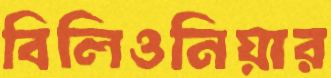
বিলিওনিয়ার